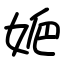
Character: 㛂